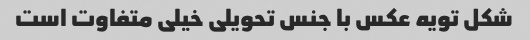
شکل تویه عکس با جنس تحویلی خیلی متفاوت است